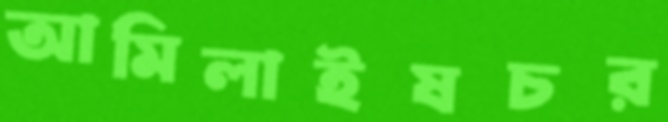
আমিলাইষচর